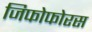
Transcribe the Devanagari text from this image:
जिफोफोरस